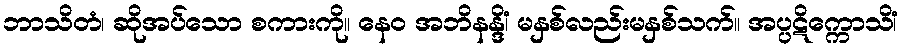
ဘာသိတံ၊ ဆိုအပ်သော စကားကို။ နေဝ အဘိနန္ဒိံ၊ မနှစ်လည်းမနှစ်သက်။ အပ္ပဋိက္ကောသိံ၊